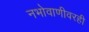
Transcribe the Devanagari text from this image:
नभोवाणीवरही